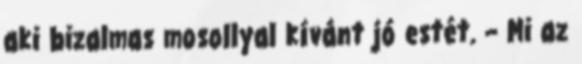
aki bizalmas mosollyal kívánt jó estét. – Mi az